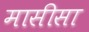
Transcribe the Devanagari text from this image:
मासीसा